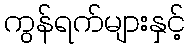
ကွန်ရက်များနှင့်